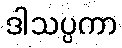
ဒါသပ္ပကာ